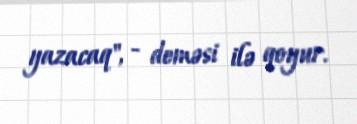
yazacaq", - deməsi ilə qoyur.